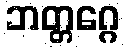
ဘတ္တဂ္ဂေ